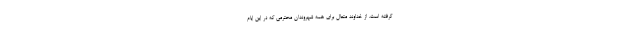
گرفته است. از خداوند متعال برای همه شهروندان محترمی که در این ایام